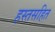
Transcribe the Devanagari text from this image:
हस्तसहित